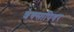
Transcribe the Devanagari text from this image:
शेक्सापियर